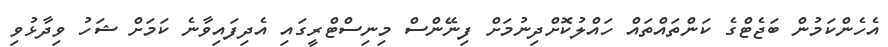
އެހެންކަމުން ބަޖެޓްގެ ކަންތައްތައް ހައްލުކޮށްދިނުމަށް ފިނޭންސް މިނިސްޓްރީގައި އެދިފައިވާނެ ކަމަށް ޝަހު ވިދާޅުވި